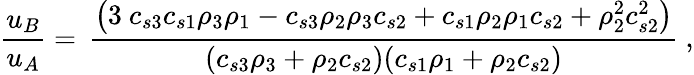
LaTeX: \frac{u_{B}}{u_{A}}=\, \frac{\left(3\ c_{s3}c_{s1}\rho_{3}\rho_{1}-c_{s3}\rho_{2}\rho_{3}c_{s2}+c_{s1}\rho_{2}\rho_{1}c_{s2}+\rho_{2}^{2}c_{s2}^{2}\right)}{(c_{s3}\rho_{3}+\rho_{2}c_{s2})(c_{s1}\rho_{1}+\rho_{2}c_{s2})}\ ,